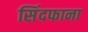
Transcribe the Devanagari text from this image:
सिंदफाना